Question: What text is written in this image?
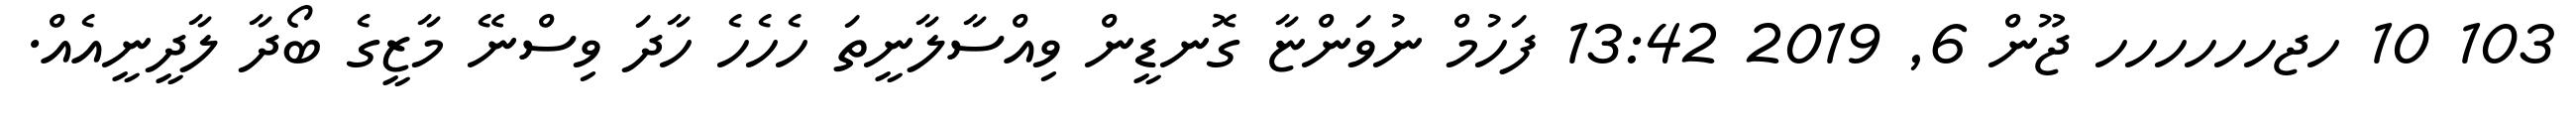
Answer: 103 10 ހޖހހހހހހ ޖޫން 6, 2019 13:42 ފަހުމް ނުވަންޏާ ގޮނޑީން ވިއްސާލާނީތަ ހެހެހެ ހާދަ ވިސްނޭ މާޒީގެ ބޯދާ ލާދީނީއެއް.